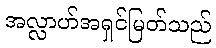
အလ္လာဟ်အရှင်မြတ်သည်